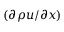
( \partial \rho u / \partial x )